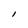
Character: l